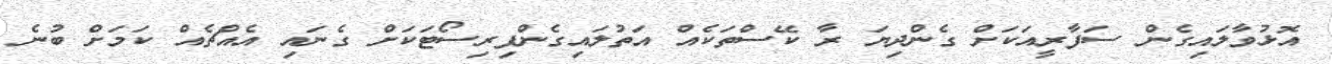
އޮޅުވާލައިގެން ސަފާރީއަކަށް ގެންދިޔަ ރާ ކޭސްތަކެއް އަތުލައިގެންފިރިސޯޓަކަށް ގެނައި އެއްޗެއް ކަމަށް ބުނެ